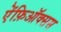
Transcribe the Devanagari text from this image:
ऐंफ़िऑक्सस